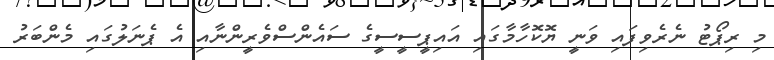
މި ރިޕޯޓު ނެރެވިފައި ވަނީ ޔޮކޮހާމާގައި އައިޕީސީސީގެ ސައެންސްވެރީންނާއި އެ ޕެނަލުގައި މެންބަރު